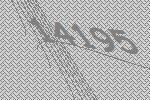
14195